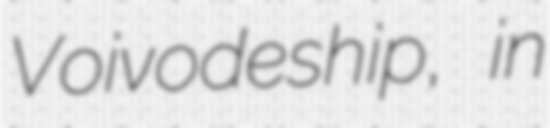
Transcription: Voivodeship, in